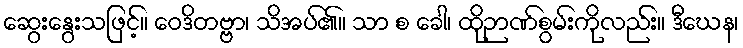
ဆွေးနွေးသဖြင့်။ ဝေဒိတဗ္ဗာ၊ သိအပ်၏။ သာ စ ခေါ၊ ထိုဉာဏ်စွမ်းကိုလည်း။ ဒီဃေန၊